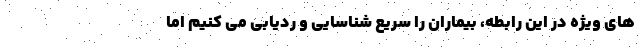
های ویژه در این رابطه، بیماران را سریع شناسایی و ردیابی می کنیم اما